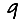
Digit: 9